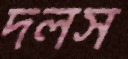
দলস